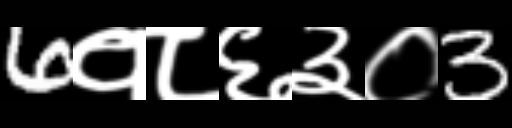
Text: 6१८६३०3